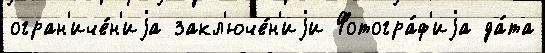
огран'иче́н'иjа закл'юче́н'иjи Фотогра́ф'иjа да́та